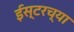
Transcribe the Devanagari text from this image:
ईस्टरच्या